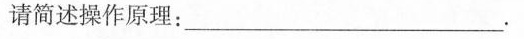
简述操作原理：____。